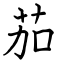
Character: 茄